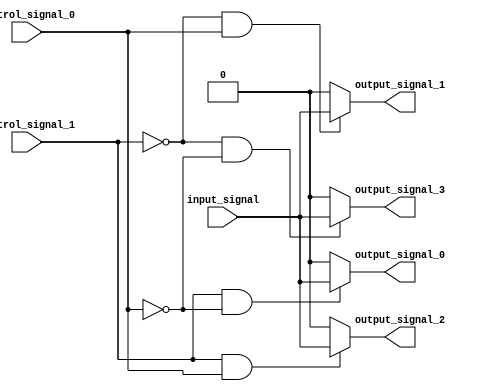
module demux_1to4 (
    input wire input_signal,
    input wire control_signal_0,
    input wire control_signal_1,
    output wire output_signal_0,
    output wire output_signal_1,
    output wire output_signal_2,
    output wire output_signal_3
);

assign output_signal_0 = (control_signal_1 & ~control_signal_0) ? input_signal : 1'b0;
assign output_signal_1 = (~control_signal_1 & control_signal_0) ? input_signal : 1'b0;
assign output_signal_2 = (control_signal_1 & control_signal_0) ? input_signal : 1'b0;
assign output_signal_3 = (~control_signal_1 & ~control_signal_0) ? input_signal : 1'b0;

endmodule